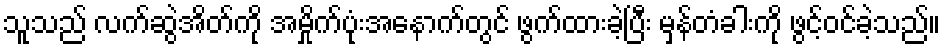
သူသည် လက်ဆွဲအိတ်ကို အမှိုက်ပုံးအနောက်တွင် ဖွက်ထားခဲ့ပြီး မှန်တံခါးကို ဖွင့်ဝင်ခဲ့သည်။